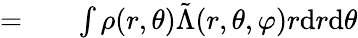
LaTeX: \begin{array}{rlr}{=}&{{}}&{\int\rho(r,\theta)\tilde{\Lambda}(r,\theta,\varphi)r\mathrm{d}r\mathrm{d}\theta}\end{array}